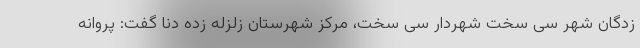
زدگان شهر سی سخت شهردار سی سخت، مرکز شهرستان زلزله زده دنا گفت: پروانه